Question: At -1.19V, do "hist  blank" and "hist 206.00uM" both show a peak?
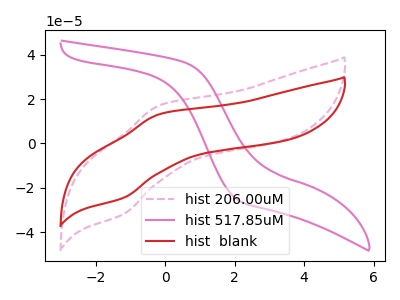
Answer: <think>The pink dashed curve "hist 206.00uM" has an anodic peak at (-0.15V, 17.25uA) and a cathodic peak at (-1.20V, -31.75uA). The pink curve "hist 517.85uM" has no peaks. The red curve "hist  blank" has an anodic peak at (-0.15V, 13.25uA) and a cathodic peak at (-1.20V, -24.40uA).</think>
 <answer>Yes, "hist  blank" and "hist 206.00uM" share a peak at -1.19V.</answer>
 <eval>match</eval>